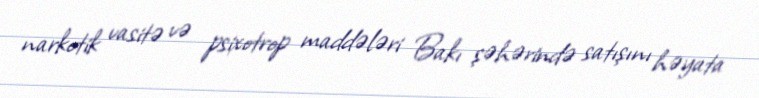
narkotik vasitə və psixotrop maddələri Bakı şəhərində satışını həyata